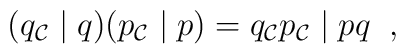
(q_{\cal C} \; \vert \; q)(p_{\cal C} \; \vert \; p)=q_{\cal C}p_{\cal C} \; \vert \; pq \; \; ,